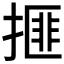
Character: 𰔒